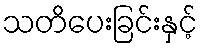
သတိပေးခြင်းနှင့်